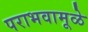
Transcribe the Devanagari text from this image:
पराभवामूळे